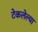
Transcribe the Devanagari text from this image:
टेकलेल्या